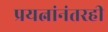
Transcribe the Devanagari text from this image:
प्रयत्नांनंतरही